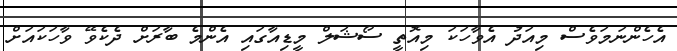
އެހެންނަމަވެސް މިއަދު އެވާހަކަ މިއޮތީ ސޯޝަލް މީޑިއާގައި އެންމެ ބާރަށް ދެކެވޭ ވާހަކައަށް